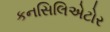
કનસિલિએટોર